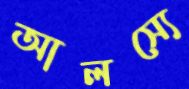
আলস্যে